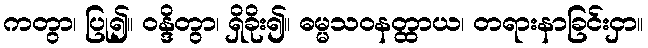
ကတွာ၊ ပြု၍။ ဝန္ဒိတွာ၊ ရှိခိုး၍။ ဓမ္မသဝနတ္ထာယ၊ တရားနာခြင်းငှာ။